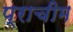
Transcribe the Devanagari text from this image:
प्राचीम